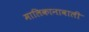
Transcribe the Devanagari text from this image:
मालिकानावाली